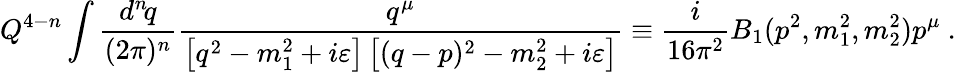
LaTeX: Q^{4-n}\int{\frac{d^{n}\! q}{(2\pi)^{n}}}{\frac{q^{\mu}}{\left[q^{2}-m_{1}^{2}+i\varepsilon\right]\left[(q-p)^{2}-m_{2}^{2}+i\varepsilon\right]}}\equiv{\frac{i}{16\pi^{2}}}B_{1}(p^{2},m_{1}^{2},m_{2}^{2})p^{\mu}~.